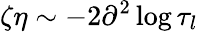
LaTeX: \zeta\eta\sim-2\partial^{2}\log\tau_{l}